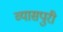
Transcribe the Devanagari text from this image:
व्यासपुरी